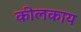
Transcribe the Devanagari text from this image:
कीलकाय